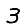
Digit: 3